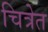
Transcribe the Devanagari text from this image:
चित्रेत